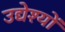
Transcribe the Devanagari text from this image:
उद्येश्यों